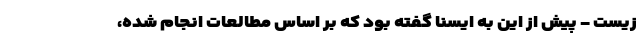
زیست - پیش از این به ایسنا گفته بود که بر اساس مطالعات انجام شده،